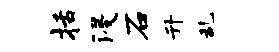
括浸石升乱